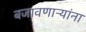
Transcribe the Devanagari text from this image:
बजावणाऱ्यांना